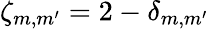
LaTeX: \zeta_{m,m^{\prime}}=2-\delta_{m,m^{\prime}}